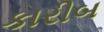
કારીબ